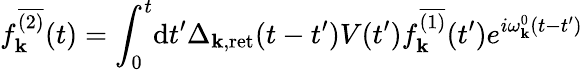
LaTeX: f_{\mathbf{k}}^{\overline{{{{(2)}}}}}(t)=\int_{0}^{t}\! \mathrm{{d}}t^{\prime}\Delta_{\mathbf{k},\mathrm{{ret}}}(t-t^{\prime})V(t^{\prime})f_{\mathbf{k}}^{\overline{{{{(1)}}}}}(t^{\prime})e^{i\omega_{\mathbf{k}}^{0}(t-t^{\prime})}